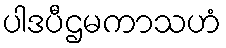
ပါဒပီဌမကာသဟံ